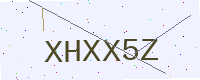
Text: XHXX5Z